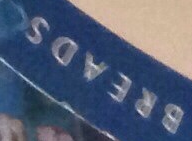
BREADS